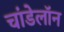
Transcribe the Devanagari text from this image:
चांडेलॉन